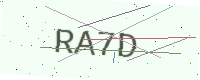
Text: RA7D